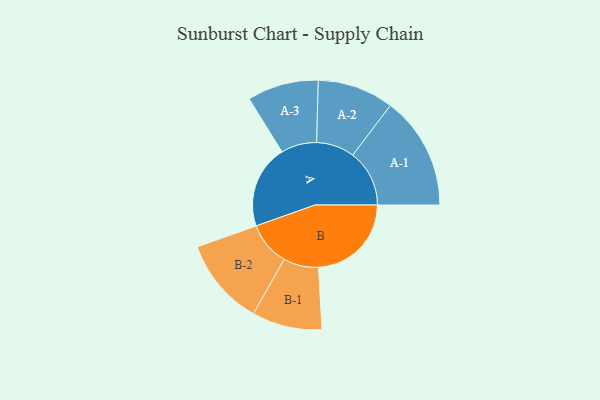
{"axis": {"x": "Segment", "y": "Value"}, "legend": ["", "A", "B"], "data": [{"x": "A", "y": 266, "type": ""}, {"x": "B", "y": 297, "type": ""}, {"x": "A-1", "y": 181, "type": "A"}, {"x": "A-2", "y": 122, "type": "A"}, {"x": "A-3", "y": 114, "type": "A"}, {"x": "B-1", "y": 112, "type": "B"}, {"x": "B-2", "y": 140, "type": "B"}]}